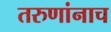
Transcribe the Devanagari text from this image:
तरुणांनाच